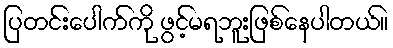
ပြတင်းပေါက်ကို ဖွင့်မရဘူးဖြစ်နေပါတယ်။